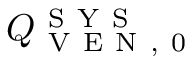
Q _ { \mathrm { ~ V ~ E ~ N ~ , ~ 0 ~ } } ^ { \mathrm { ~ S ~ Y ~ S ~ } }